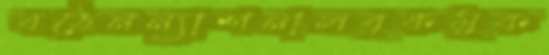
বঠেনন্যাশনালবুকমুক